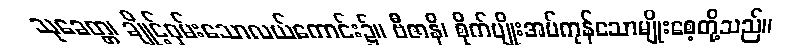
သုခေတ္တ၊ ချိုင့်ဝှမ်းသောလယ်ကောင်း၌။ ဗီဇာနိ၊ စိုက်ပျိုးအပ်ကုန်သောမျိုးစေ့တို့သည်။